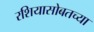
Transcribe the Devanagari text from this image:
रशियासोबतच्या